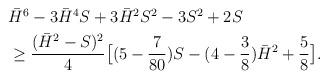
LaTeX: \begin{align*}\begin{aligned}&\bar H^6-3\bar H^4S+3\bar H^2S^2-3S^2+2S\\&\geq \dfrac{(\bar H^2-S)^2}4\bigl[(5-\dfrac{7}{80})S-(4-\dfrac3{8})\bar H^2+\dfrac5{8} \bigl ].\end{aligned}\end{align*}